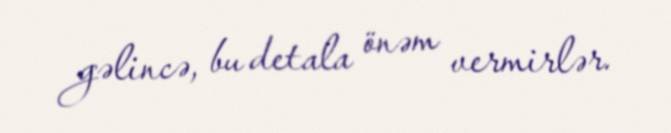
gəlincə, bu detala önəm vermirlər.